Jaan_Tonisson_(Lasteleht), lk 290
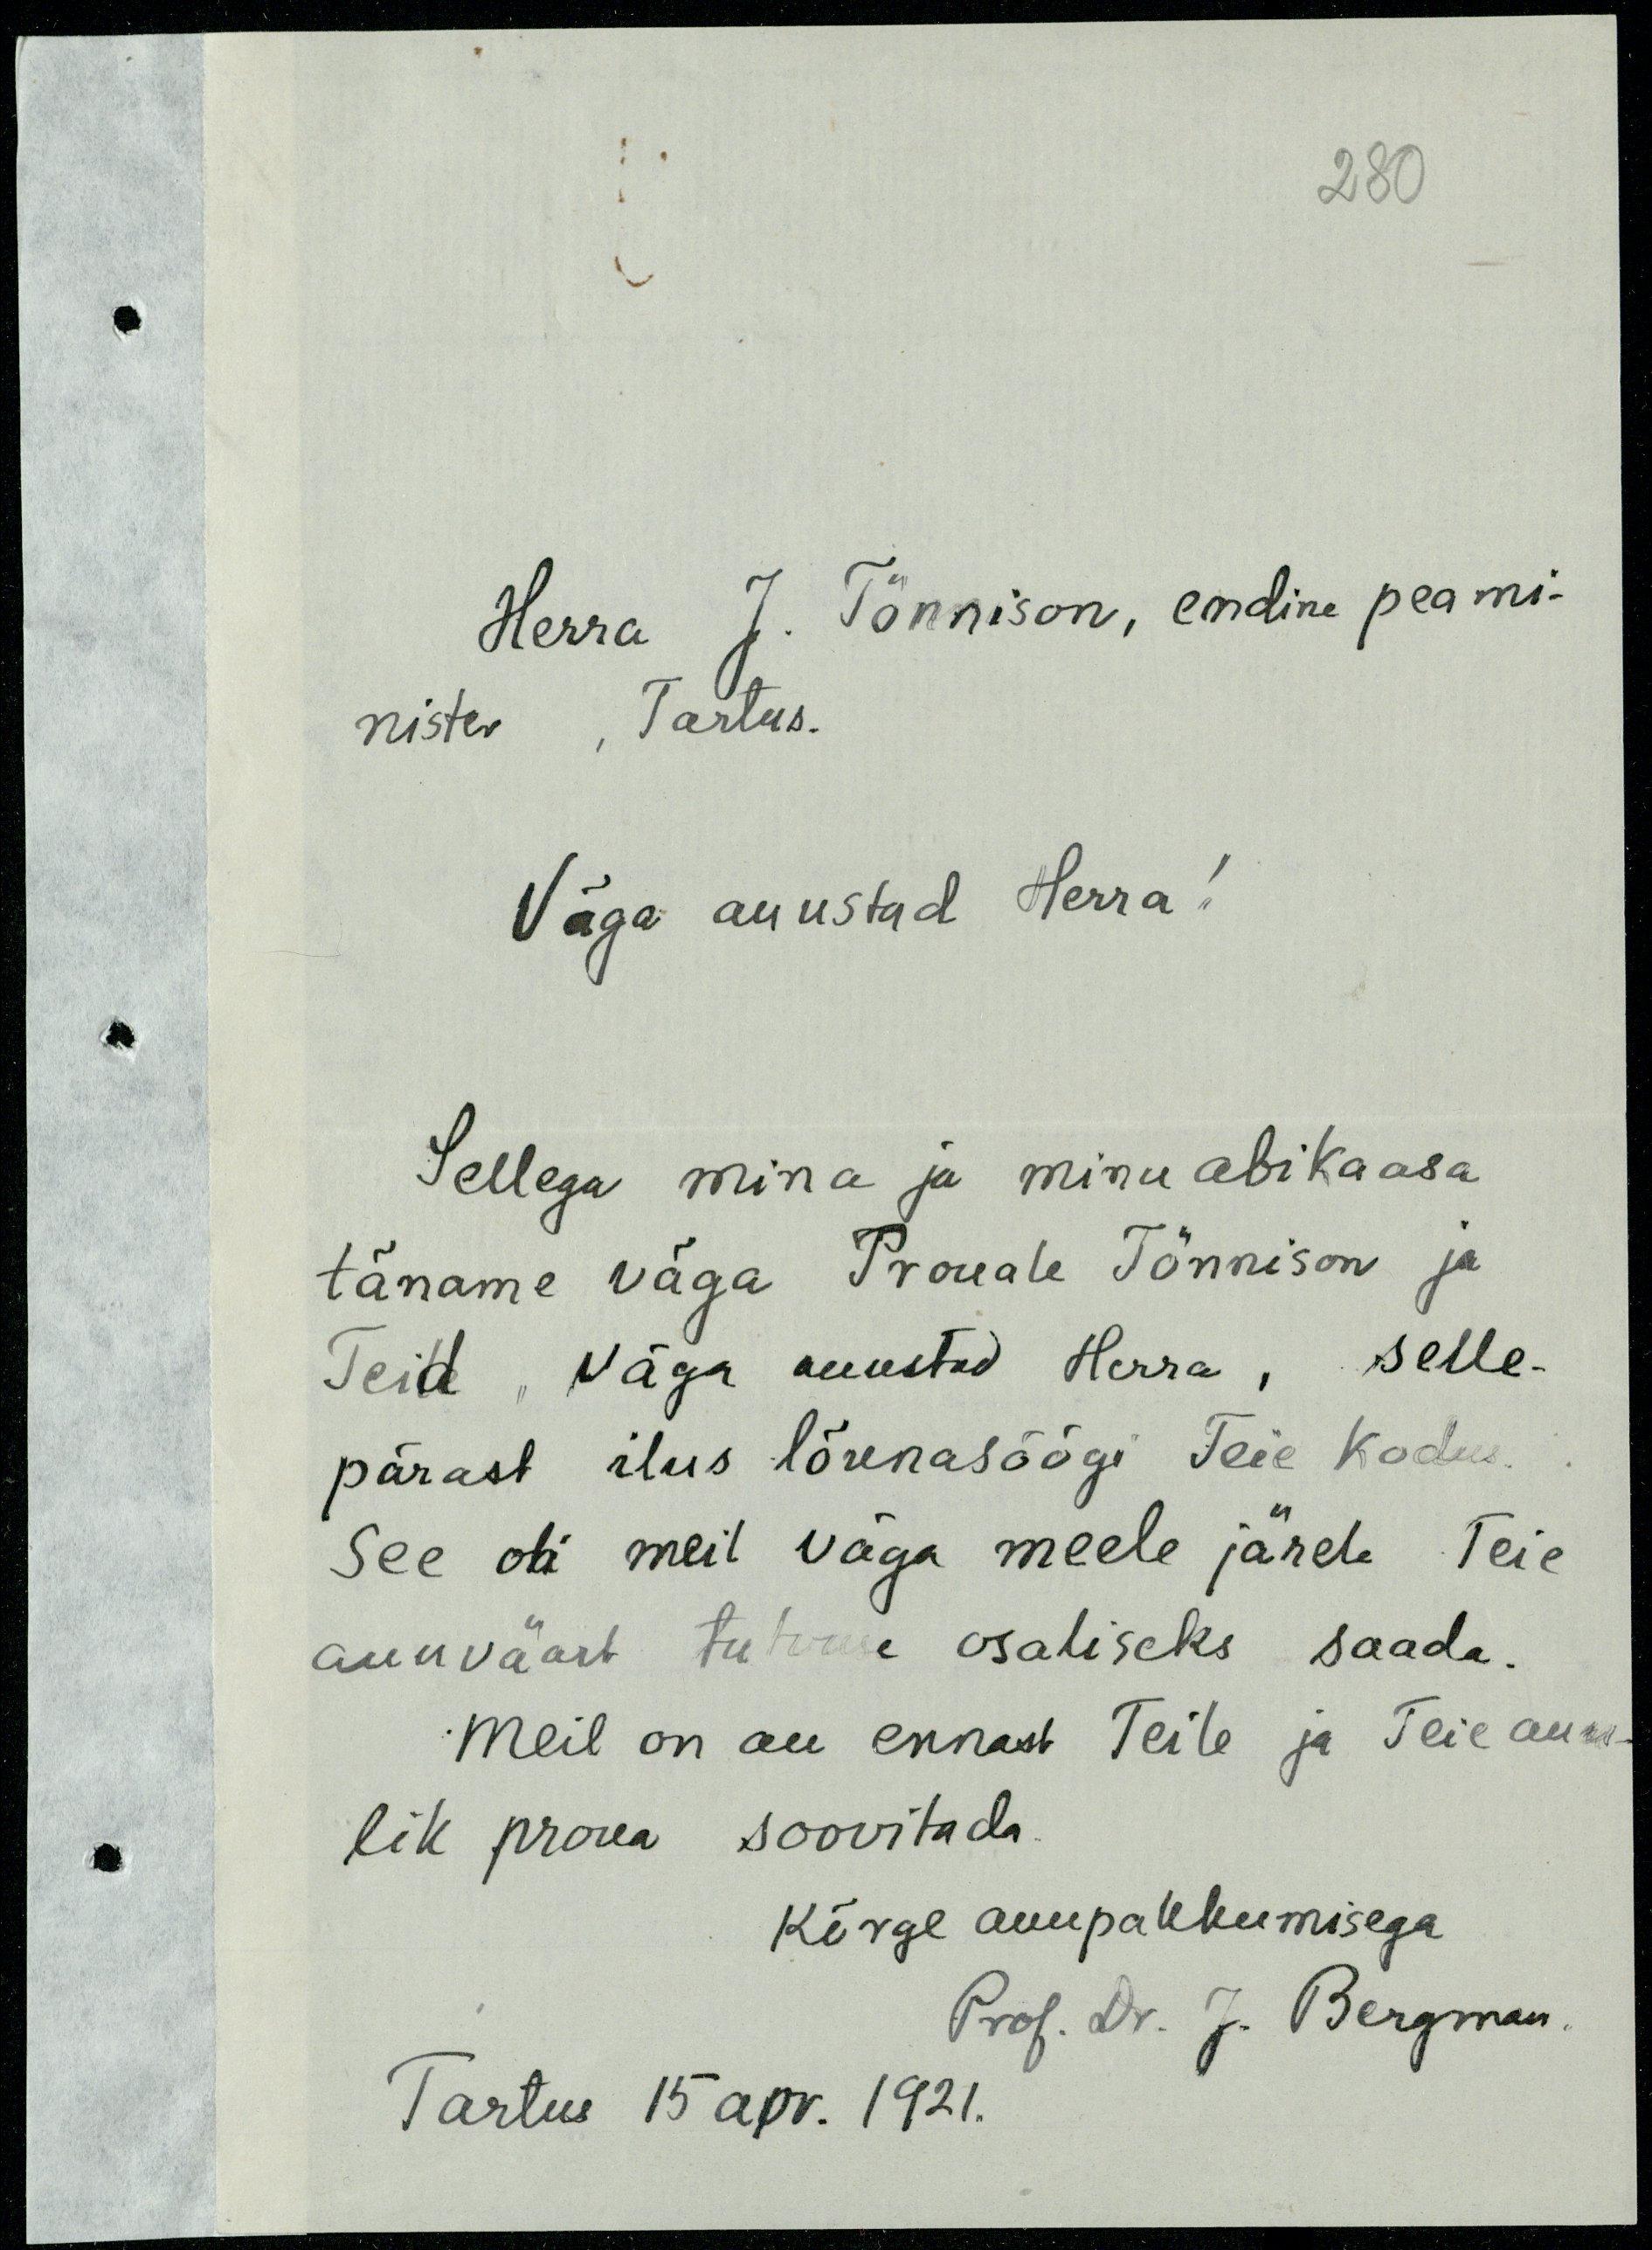
280
Herra J. Tõnnison, endine peami-
nister, Tartus.
Väga auustad Herra!
Sellega mina ja minu abikaasa
täname väga Prouale Tõnnison ja
Teid, Väga auustud Herra, selle-
pärast ilus lõunasöögi Teie kodu.
See oli meil väga meele järele Teie
auuväärt tutvuse osaliseks saada.
Meil on au ennast Teile ja Teie auu-
lik proua soovitada.
Kõrge auupakkumisega
Prof. Dr. J. Bergman.
Tartus 15 apr. 1921.